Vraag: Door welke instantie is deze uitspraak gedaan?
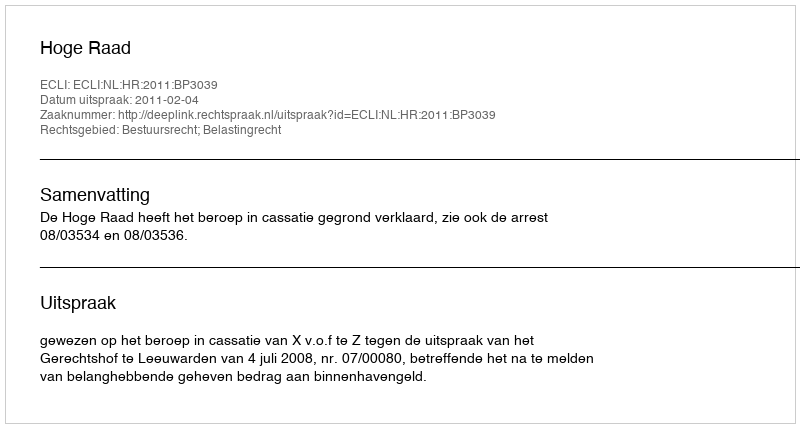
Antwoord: Hoge Raad